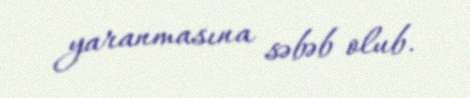
yaranmasına səbəb olub.